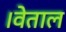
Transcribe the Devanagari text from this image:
।वेताल